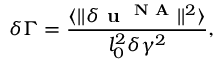
\delta \Gamma = \frac { \langle | | \delta \textbf { u } ^ { \mathrm { \textbf { N A } } } | | ^ { 2 } \rangle } { l _ { 0 } ^ { 2 } \delta \gamma ^ { 2 } } ,